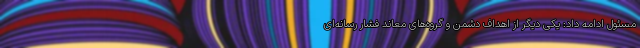
مسئول ادامه داد: یکی دیگر از اهداف دشمن و گروه‌های معاند فشار رسانه‌ای